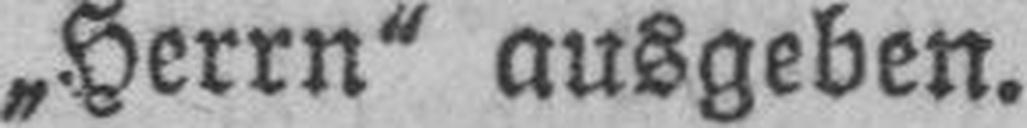
„Herrn“ ausgeben.